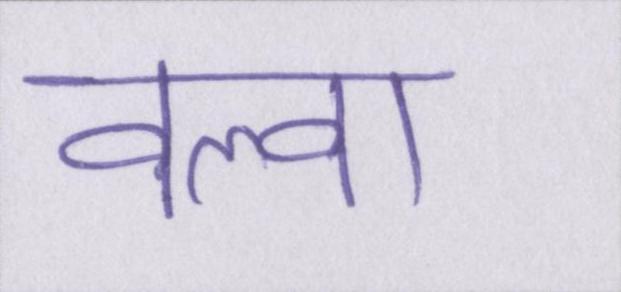
वल्वा